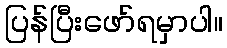
ပြန်ပြီးဖော်ရမှာပါ။